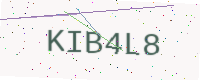
Text: KIB4L8